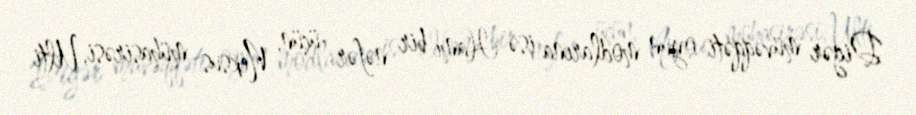
Digər müvəqqəti oyun modlarına isə Hamı bir nəfər üçün, Neksus mühasirəsi, Ulti